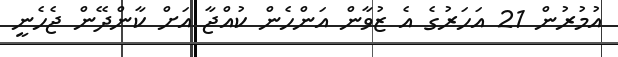
އުމުރުން 21 އަހަރުގެ އެ ޒުވާން އަންހެން ކުއްޖާ އަށް ކާންދޭން ޖެހެނީ